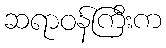
ဆရာဝန်ကြီးက